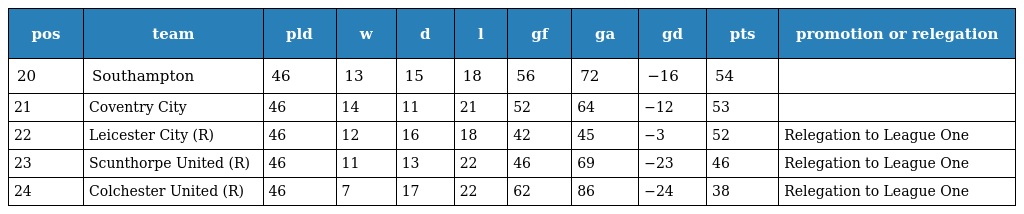
| pos | team | pld | w | d | l | gf | ga | gd | pts | promotion or relegation |
 | --- | --- | --- | --- | --- | --- | --- | --- | --- | --- | --- |
 | 20 | Southampton | 46 | 13 | 15 | 18 | 56 | 72 | −16 | 54 |  |
 | 21 | Coventry City | 46 | 14 | 11 | 21 | 52 | 64 | −12 | 53 |  |
 | 22 | Leicester City (R) | 46 | 12 | 16 | 18 | 42 | 45 | −3 | 52 | Relegation to League One |
 | 23 | Scunthorpe United (R) | 46 | 11 | 13 | 22 | 46 | 69 | −23 | 46 | Relegation to League One |
 | 24 | Colchester United (R) | 46 | 7 | 17 | 22 | 62 | 86 | −24 | 38 | Relegation to League One |